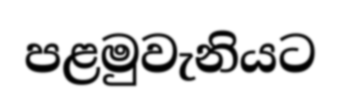
පළමුවැනියට